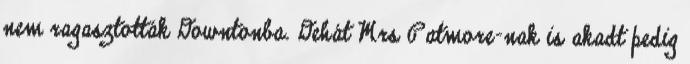
nem ragasztották Downtonba. Dehát Mrs Patmore-nak is akadt pedig